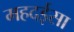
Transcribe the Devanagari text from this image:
महदईसा